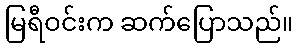
မြရီဝင်းက ဆက်ပြောသည်။